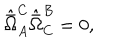
LaTeX: \hat { \bar { \Omega } } _ { A } ^ { C } \hat { \bar { \Omega } } _ { C } ^ { B } = 0 ,